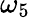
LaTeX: \omega_{5}